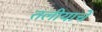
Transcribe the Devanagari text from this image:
तलीयाचे